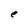
Character: e